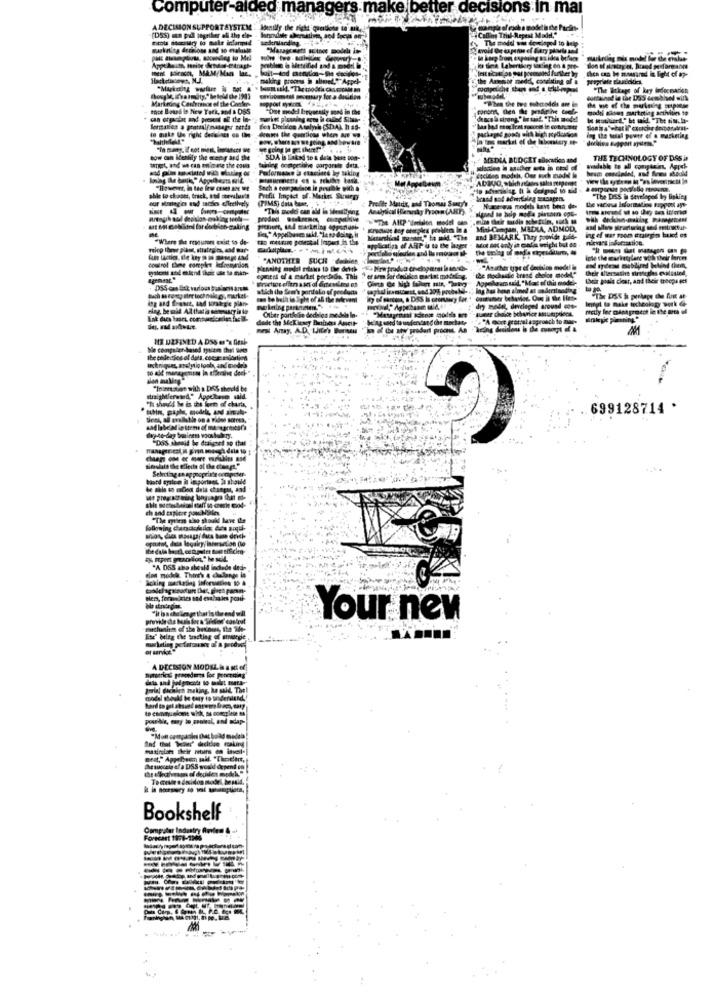
Computer-aided managers make better decisions In mar
ADECISION SUPPORTSYSTEM
Identify the right qantione to ml
titola Socilary to make infarmed
making proones in alimet.""Appel-
the A
"The Stkage of key laformation
Markrong Conference of the Conter
Gottained in the Das ambiwel with
"Ont model Irequestky and in the
model diowy marketing activities to
Ih ne of the mulning muprese
lontaties a grathalf masaper setda
Boa Decision Analysis (SD.A), has-
packaged goods with high roydcassa
dog the total power of & marketing
"In many, Z oot mett, inances e
now on Mobily that arepy ard the
SDA is linked to a data base Dop-+
MEDLA BUDGET allocution and
THE TECHNOLOGY OF DES I
target, and we can fricane the comes
taming competitive corporate deta.
ADIVO, which adlates sales mergentt
our strategies and taches effectively
able to clases, brick, and steruluv's Potfit lingact of. Merkes Strategy
Profite Matrix, and Thomas Sunny's
brand sot advertialeg MISarris
the vaciosa Informatics Rapport ayt-
"The Diss in developed by linkies
"This model can ald in Sieatifying
Att Ml Gobatol for dochist-making
fichert, 1A4 marketing opponent
Misk Conan, MBDLA, ADMOD,
"Where The resourors exist to de-
To Wetring postal impect in the.
Masarchicad mostir," to mid."The and BEMARK, They provide bilde
doesrol Ebene complet lefoneanion
"ANOTHER SUCH debien,
inte the marketylane with their forces
the fhochaste trasd cholos model.
Anarcher type of Anchios model i
their altersathe firstogles explisind,
egetst of a market pordedi. This
Appelleam unid. "Mas of this model-
stich the Sen's pordalo of peoduas
can be built in light of all the melevent
"The DISK is perhaps the fint at
Flag, be said Ad that is senesary is to
Olber portfelin dedelos medele In-
dry model, developed around cose
dude the Mckinsey Business Amcit
TA Gore gratral approach to ar-
Binkyie pimning"
"in of the aty' prodart procent. An . Icing decisions is dha conogt of &
NE DEFINED A DSS es"% Grape
"Ininet sunt with a DRS should be
"thin, gayla, modelo, and amaly-
699128714 .
Sont, all available on a vidos sores,
franapriest, il giro mongai dala 10
Selectingan appropriate serapoter
band syalce il important, It should
be dile es esCheat dela stangut, an
Your new
Bookshelf
Forecast 1978-1906